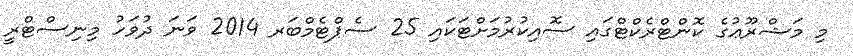
މި މަޝްރޫޢުގެ ކޮންޓްރެކްޓްގައި ސޮއިކުރުމަށްޓަކައި 25 ސެޕްޓެމްބަރ 2014 ވަނަ ދުވަހު މިިނިސްޓްރީ